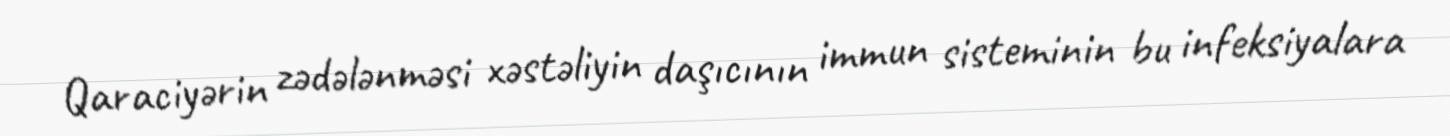
Qaraciyərin zədələnməsi xəstəliyin daşıcının immun sisteminin bu infeksiyalara